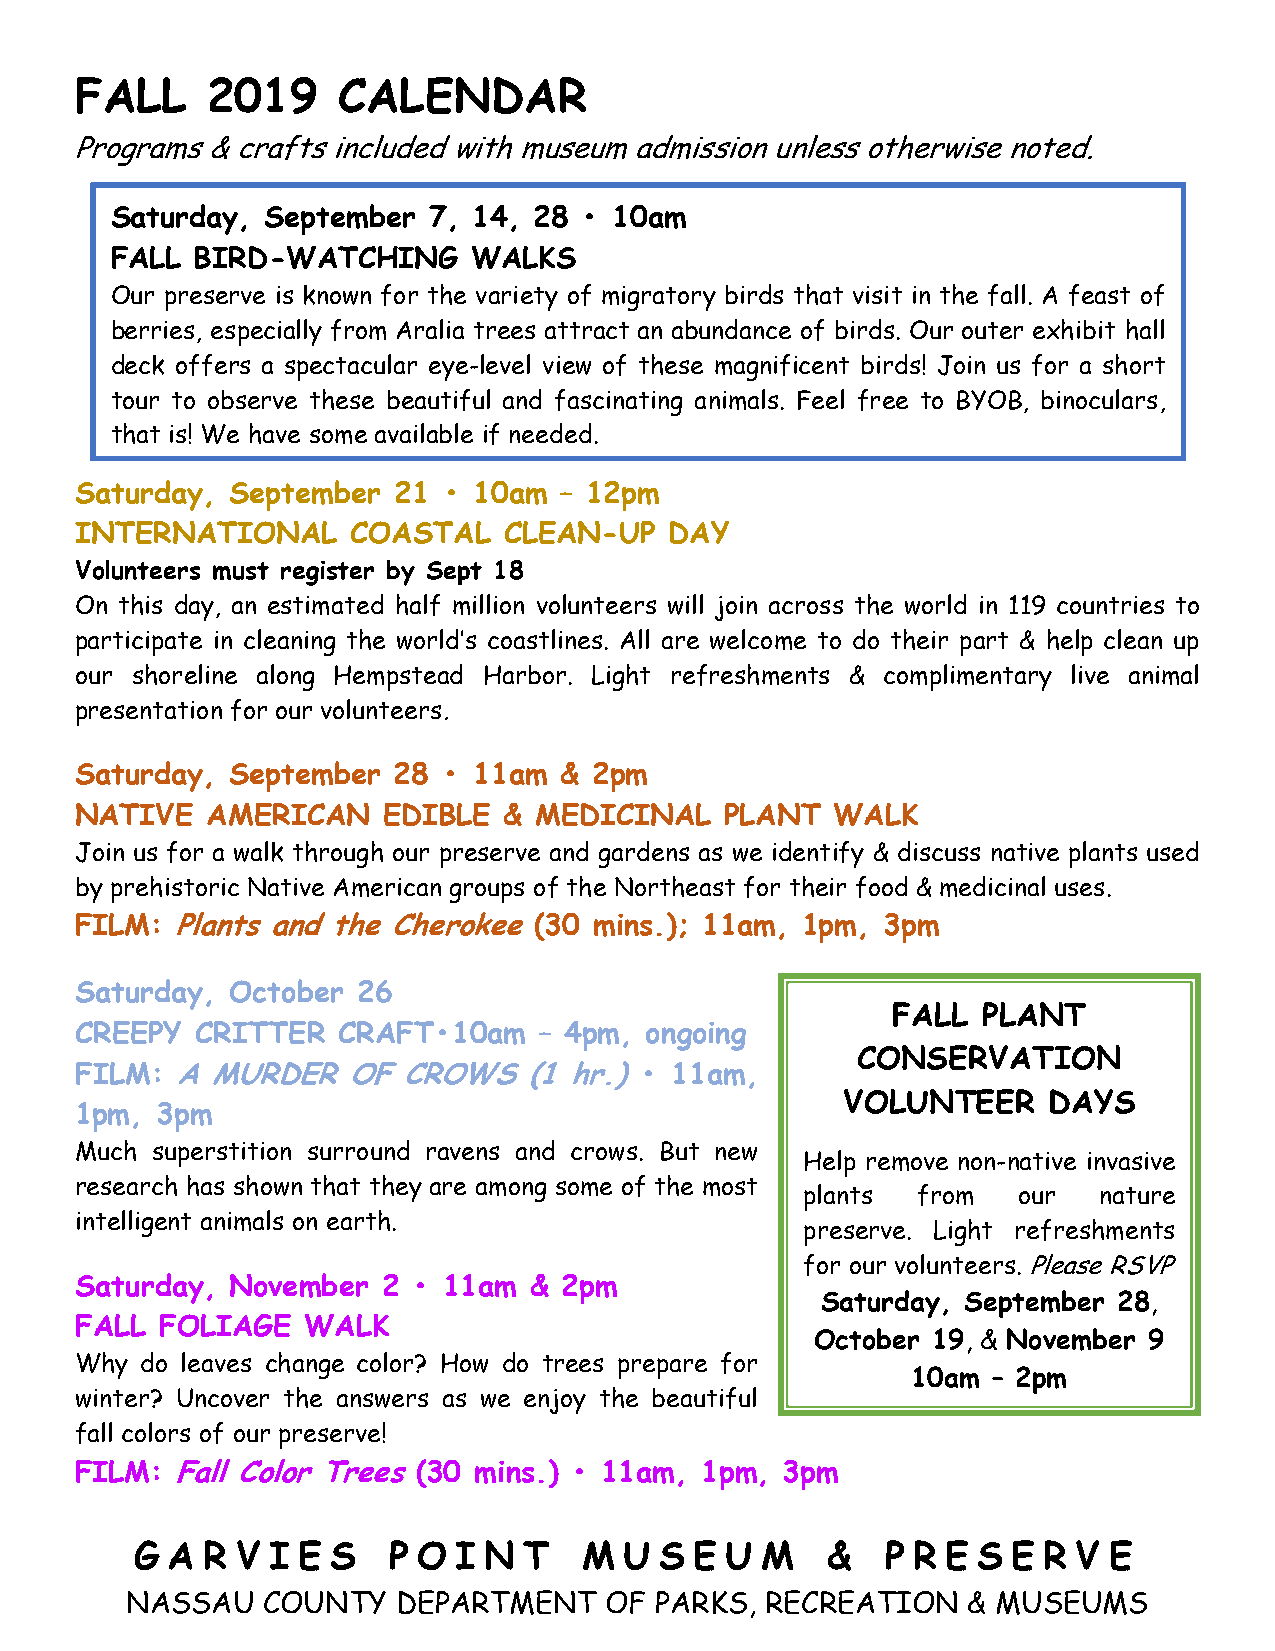
FALL     2019    CALENDAR
 Programs & crafts included with museum admission unless otherwise noted.
 Saturday,  September 7, 14, 28  • 10am
 FALL  BIRD-WATCHING     WALKS
 Our preserve is known for the variety of migratory birds that visit in the fall. A feast of
 berries, especially from Aralia trees attract an abundance of birds. Our outer exhibit hall
 deck offers a spectacular eye-level view of these magnificent birds! Join us for a short
 tour to observe these beautiful and fascinating animals. Feel free to BYOB, binoculars,
 that is! We have some available if needed.
 Saturday, September  21 • 10am  – 12pm
 INTERNATIONAL     COASTAL   CLEAN-UP   DAY
 Volunteers must register by Sept 18
 On this day, an estimated half million volunteers will join across the world in 119 countries to
 participate in cleaning the world’s coastlines. All are welcome to do their part & help clean up
 our shoreline along Hempstead Harbor. Light refreshments & complimentary live animal
 presentation for our volunteers.
 Saturday, September  28 • 11am  & 2pm
 NATIVE   AMERICAN   EDIBLE  & MEDICINAL    PLANT  WALK
 Join us for a walk through our preserve and gardens as we identify & discuss native plants used
 by prehistoric Native American groups of the Northeast for their food & medicinal uses.
 FILM: Plants and the Cherokee (30 mins.); 11am, 1pm, 3pm
 Saturday, October  26
 FALL  PLANT
 CREEPY  CRITTER  CRAFT•10am    – 4pm, ongoing
 CONSERVATION
 FILM:  A MURDER   OF  CROWS   (1 hr.) • 11am,
 VOLUNTEER    DAYS
 1pm, 3pm
 Much superstition surround ravens and crows. But new
 Help remove non-native invasive
 research has shown that they are among some of the most
 plants  from  our   nature
 intelligent animals on earth.
 preserve. Light refreshments
 for our volunteers. Please RSVP
 Saturday, November  2 • 11am  & 2pm
 Saturday, September 28,
 FALL  FOLIAGE  WALK
 October 19, & November 9
 Why do leaves change color? How do trees prepare for
 10am  – 2pm
 winter? Uncover the answers as we enjoy the beautiful
 fall colors of our preserve!
 FILM: Fall Color Trees (30 mins.) • 11am, 1pm, 3pm
 G A R  V I E S   P O I N  T   M U  S E U M    &   P R E S E R V E
 NASSAU   COUNTY   DEPARTMENT    OF PARKS,  RECREATION   & MUSEUMS